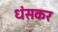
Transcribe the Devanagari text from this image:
धंसकर